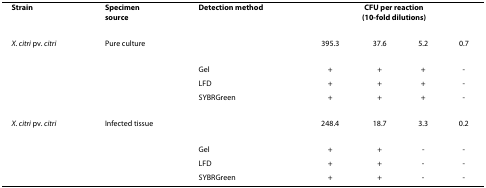
| Strain | Specimensource | Detection method | <COLSPAN=4> CFU per reaction(10-fold dilutions) |
 | --- | --- | --- | --- | --- | --- | --- |
 | X. citri pv. citri | Pure culture |  | 395.3 | 37.6 | 5.2 | 0.7 |
 |  |  | Gel | + | + | + | - |
 |  |  | LFD | + | + | + | - |
 |  |  | SYBRGreen | + | + | + | - |
 | X. citri pv. citri | Infected tissue |  | 248.4 | 18.7 | 3.3 | 0.2 |
 |  |  | Gel | + | + | - | - |
 |  |  | LFD | + | + | - | - |
 |  |  | SYBRGreen | + | + | - | - |